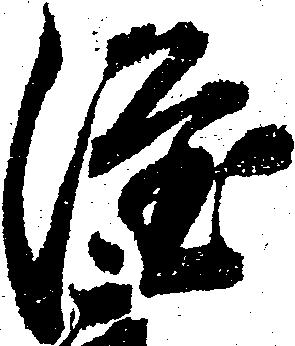
隆